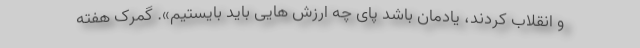
و انقلاب کردند، یادمان باشد پای چه ارزش هایی باید بایستیم». گمرک هفته